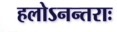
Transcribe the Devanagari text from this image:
हलोऽनन्तराः